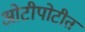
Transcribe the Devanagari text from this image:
ओटीपोटीत